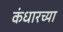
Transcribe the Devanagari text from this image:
कंधारच्या